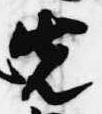
先